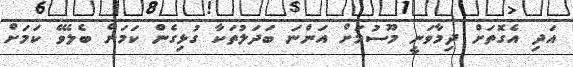
އަދި އެގޮތަށް ދިމާވަނީ މޫސުމަށް އަންނަ ބަދަލުތަކާ ގުޅިގެން ކަމަށް ބެލެވޭ ކަމަށް